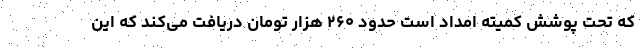
که تحت پوشش کمیته امداد است حدود ۲۶۰ هزار تومان دریافت می‌کند که این